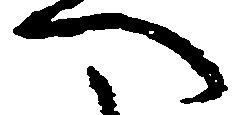
へ